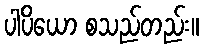
ပါပိယော စသည်တည်း။